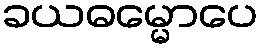
ခယဓမ္မောပေ